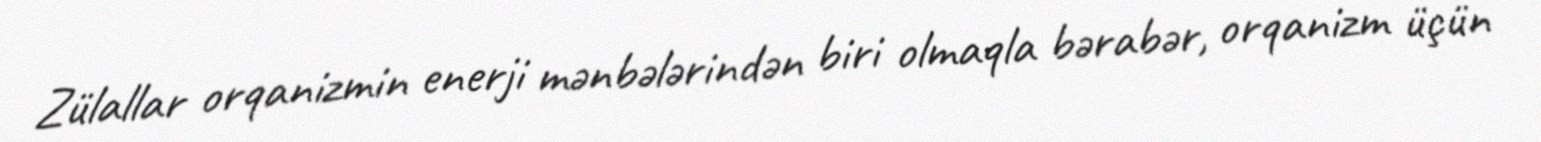
Zülallar orqanizmin enerji mənbələrindən biri olmaqla bərabər, orqanizm üçün